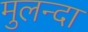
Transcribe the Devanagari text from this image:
मुलन्दा